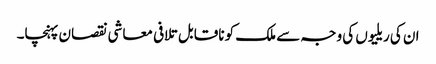
ان کی ریلیوں کی وجہ سے ملک کو ناقابل تلافی معاشی نقصان پہنچا۔